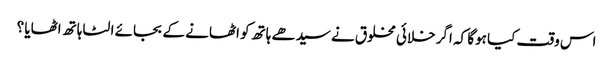
اس وقت کیا ہوگا کہ اگر خلائی مخلوق نے سیدھے ہاتھ کو اٹھانے کے بجائے الٹا ہاتھ اٹھایا ؟